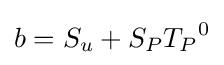
b=S_{u}+{S_{P}}{T_{P}}^{0}